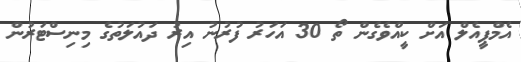
އެމްޕީއެލް އަށް ކީއްވެގެން ތޯ 30 އަހަރު ފުރުނު އިރު ދައުލަތުގެ މިނިސްޓަރުން